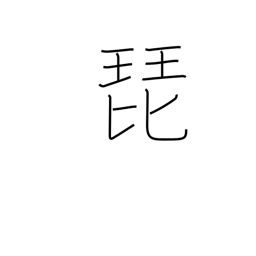
Meaning: glissando on strings